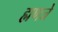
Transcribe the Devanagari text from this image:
ह्मणजे